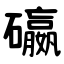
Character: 䃷